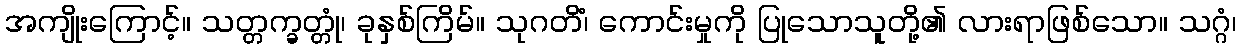
အကျိုးကြောင့်။ သတ္တက္ခတ္တုံ၊ ခုနှစ်ကြိမ်။ သုဂတိံ၊ ကောင်းမှုကို ပြုသောသူတို့၏ လားရာဖြစ်သော။ သဂ္ဂံ၊